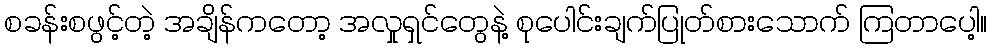
စခန်းစဖွင့်တဲ့ အချိန်ကတော့ အလှုရှင်တွေနဲ့ စုပေါင်းချက်ပြုတ်စားသောက် ကြတာပေါ့။